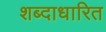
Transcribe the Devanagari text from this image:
शब्दाधारित